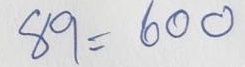
89 = 600